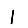
Digit: 1